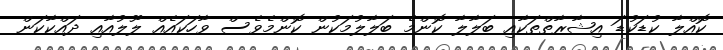
ކޮއްލާ ކުޑަކުޑަ އިޝާރާތްތަކާއި ބަލާލާ ކޮންމެ ބަލާލުމަކުން ކޮންމެވެސް ވާހަކައެއް ލޫލުއާއި ދައްކާކަން